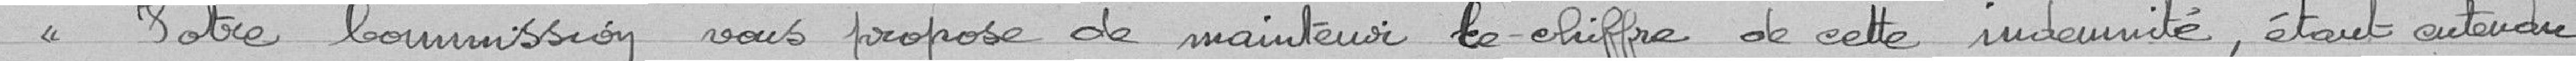
"Votre commission vous propose de maintenir les chiffres de cette indemnité, étant entendu